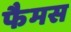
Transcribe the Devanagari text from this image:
फैमस